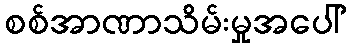
စစ်အာဏာသိမ်းမှုအပေါ်